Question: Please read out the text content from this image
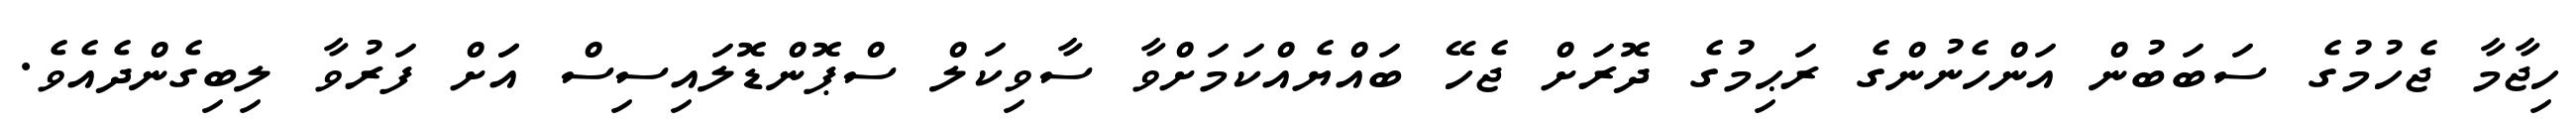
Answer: ހިޖާމާ ޖެހުމުގެ ސަބަބުން އަންހެނުންގެ ރަޙިމުގެ ދޮރަށް ޖެހޭ ބައްޔެއްކަމަށްވާ ސާވިކަލް ސްޕޮންޑޮލައިސިސް އަަށް ފަރުވާ ލިބިގެންދެއެވެ.